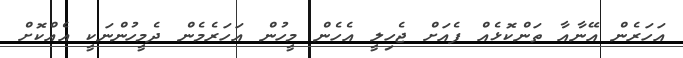
އަހަރެން އޭނާއާ ތަންކޮޅެއް ފެއަށް ޖެހިލީ އެހެން މީހުން އަހަރެމެން ދެމީހުންނަކީ އެއްކޮށް